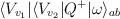
LaTeX: \begin{align*}\langle V_{v_1}|\langle V_{v_2}| Q^+ |\omega\rangle_{ab} \end{align*}